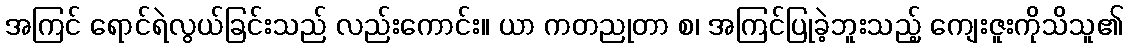
အကြင် ရောင်ရဲလွယ်ခြင်းသည် လည်းကောင်း။ ယာ ကတညုတာ စ၊ အကြင်ပြုခဲ့ဘူးသည့် ကျေးဇူးကိုသိသူ၏